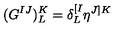
( G ^ { I J } ) _ { L } ^ { K } = \delta _ { L } ^ { [ I } \eta ^ { J ] K }